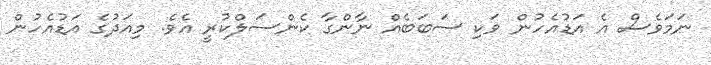
ނަމަވެސް އެ އަޑުއެހުން ވަކި ސަބަބެއް ނާންގާ ކެންސަލްކުރީ އެވެ. މިއަދުގެ އަޑުއެހުން